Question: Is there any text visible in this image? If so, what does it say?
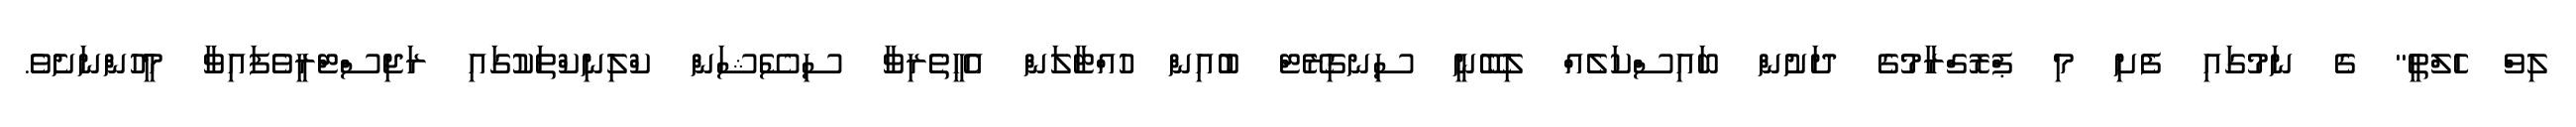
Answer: ލިވް ހެލްތީ" ގެ ނަމުގައި ފެށި މި ޕްރޮގްރާމުގެ ދަށުން ބައިސްކަލެއް ލިބޭނީ ސިނގިރޭޓް ބުއިން ހުއްޓާލަން އެހީތެރިވާ ސިސޭޝަން ކްލިނިކްތަކުގައި ރަޖިސްޓްރީވެފައިވާ މީހުންނަށެވެ.